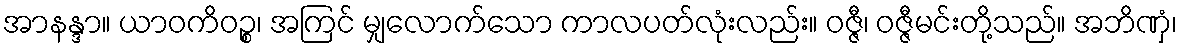
အာနန္ဒာ။ ယာဝကိဝဉ္စ၊ အကြင် မျှလောက်သော ကာလပတ်လုံးလည်း။ ဝဇ္ဇီ၊ ဝဇ္ဇီမင်းတို့သည်။ အဘိဏှံ၊